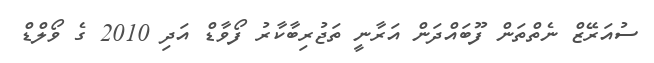
ސުއަރޭޒް ނެތްތަން ފޫބައްދަން އަރާނީ ތަޖުރިބާކާރު ފޯވާޑް އަދި 2010 ގެ ވޯލްޑް